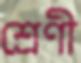
শ্রেণী